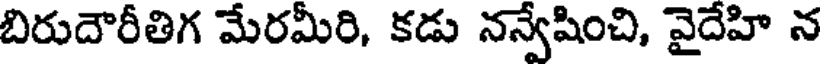
బిరుదౌరీతిగ మేరమీరి, కడు నన్వేషించి, వైదేహి న